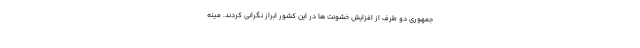
جمهوری دو طرف از افزایش خشونت ها در این کشور ابراز نگرانی کردند. مینه